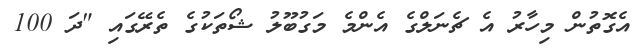
އެގޮތުން މިހާރު އެ ޗެނަލްގެ އެންމެ މަގުބޫލު ޝޯތަކުގެ ތެރޭގައި "ދަ 100